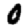
Digit: 0